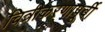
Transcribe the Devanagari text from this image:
चित्रीकरणापूर्वी